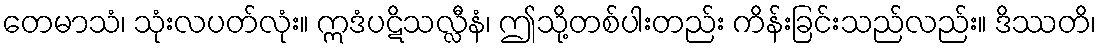
တေမာသံ၊ သုံးလပတ်လုံး။ ဣဒံပဋိသလ္လီနံ၊ ဤသို့တစ်ပါးတည်း ကိန်းခြင်းသည်လည်း။ ဒိဿတိ၊